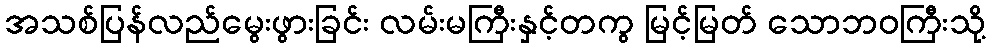
အသစ်ပြန်လည်မွေးဖွားခြင်း လမ်းမကြီးနှင့်တကွ မြင့်မြတ် သောဘဝကြီးသို့